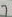
Text: 7